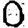
Digit: 0